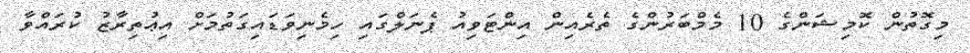
މިގޮތުން ކޮމިޝަންގެ 10 މެމްބަރުންގެ ތެރެއިން އިންޓަވިއު ޕެނަލްގައި ހިމެނިވަޑައިގަތުމަށް އިޢުތިރާޒު ކުރައްވާ